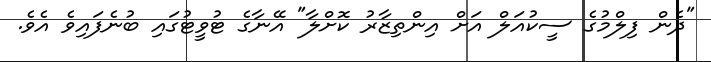
"ދެން ފިލްމުގެ ސީކުއަލް އަށް އިންތިޒާރު ކޮށްލާ" އޭނާގެ ޓުވީޓުގައި ބުނެފައިވެ އެވެ.